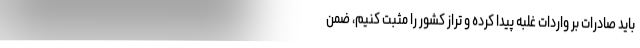
باید صادرات بر واردات غلبه پیدا کرده و تراز کشور را مثبت کنیم، ضمن